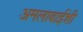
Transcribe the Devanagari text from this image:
अमलाबाईंशी